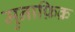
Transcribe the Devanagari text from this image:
मुनाफ़िक़